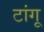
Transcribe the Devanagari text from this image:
टांगू